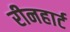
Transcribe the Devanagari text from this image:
रीनहार्ट